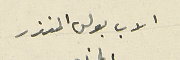
الاب بولس المنذر